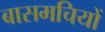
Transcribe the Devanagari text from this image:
बासमचियों